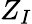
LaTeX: Z_{I}